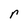
Character: r